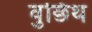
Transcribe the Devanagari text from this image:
वुछिथ